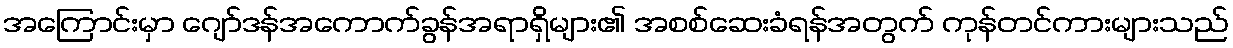
အကြောင်းမှာ ဂျော်ဒန်အကောက်ခွန်အရာရှိများ၏ အစစ်ဆေးခံရန်အတွက် ကုန်တင်ကားများသည်